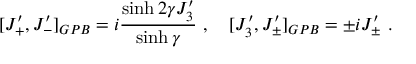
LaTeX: [ J _ { + } ^ { \prime } , J _ { - } ^ { \prime } ] _ { G P B } = i \displaystyle \frac { \sinh 2 \gamma J _ { 3 } ^ { \prime } } { \sinh \gamma } ~ , ~ ~ ~ [ J _ { 3 } ^ { \prime } , J _ { \pm } ^ { \prime } ] _ { G P B } = \pm i J _ { \pm } ^ { \prime } ~ .